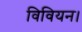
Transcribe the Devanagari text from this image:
विवियन।